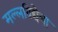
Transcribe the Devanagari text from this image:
मल्लविद्येचा